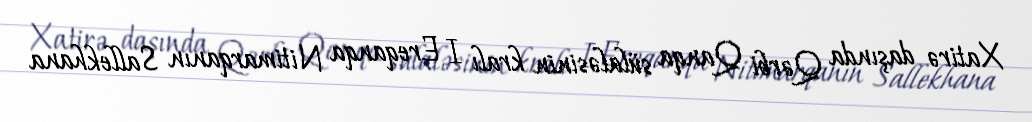
Xatirə daşında Qərbi Qanqa sülaləsinin kralı I Ereqanqa Nitimarqanın Sallekhana